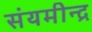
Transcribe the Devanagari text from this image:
संयमीन्द्र